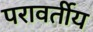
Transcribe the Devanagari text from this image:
परावर्तीय